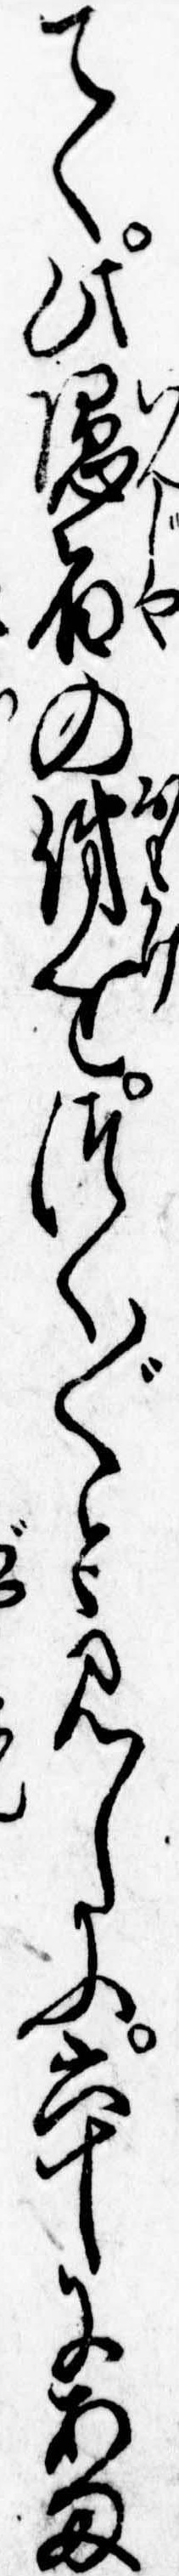
てく此隠者の俤をつく〲と見しに六十にあま